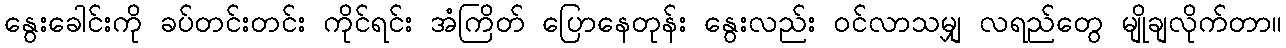
နွေးခေါင်းကို ခပ်တင်းတင်း ကိုင်ရင်း အံကြိတ် ပြောနေတုန်း နွေးလည်း ဝင်လာသမျှ လရည်တွေ မျိုချလိုက်တာ။